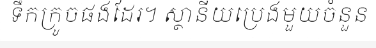
ទឹកក្រូចផងដែរ។ ស្ថានីយប្រេងមួយចំនួន